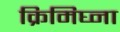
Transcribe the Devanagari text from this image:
क्रिमिघ्ना